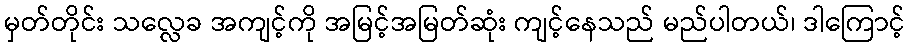
မှတ်တိုင်း သလ္လေခ အကျင့်ကို အမြင့်အမြတ်ဆုံး ကျင့်နေသည် မည်ပါတယ်၊ ဒါကြောင့်